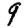
Digit: 9